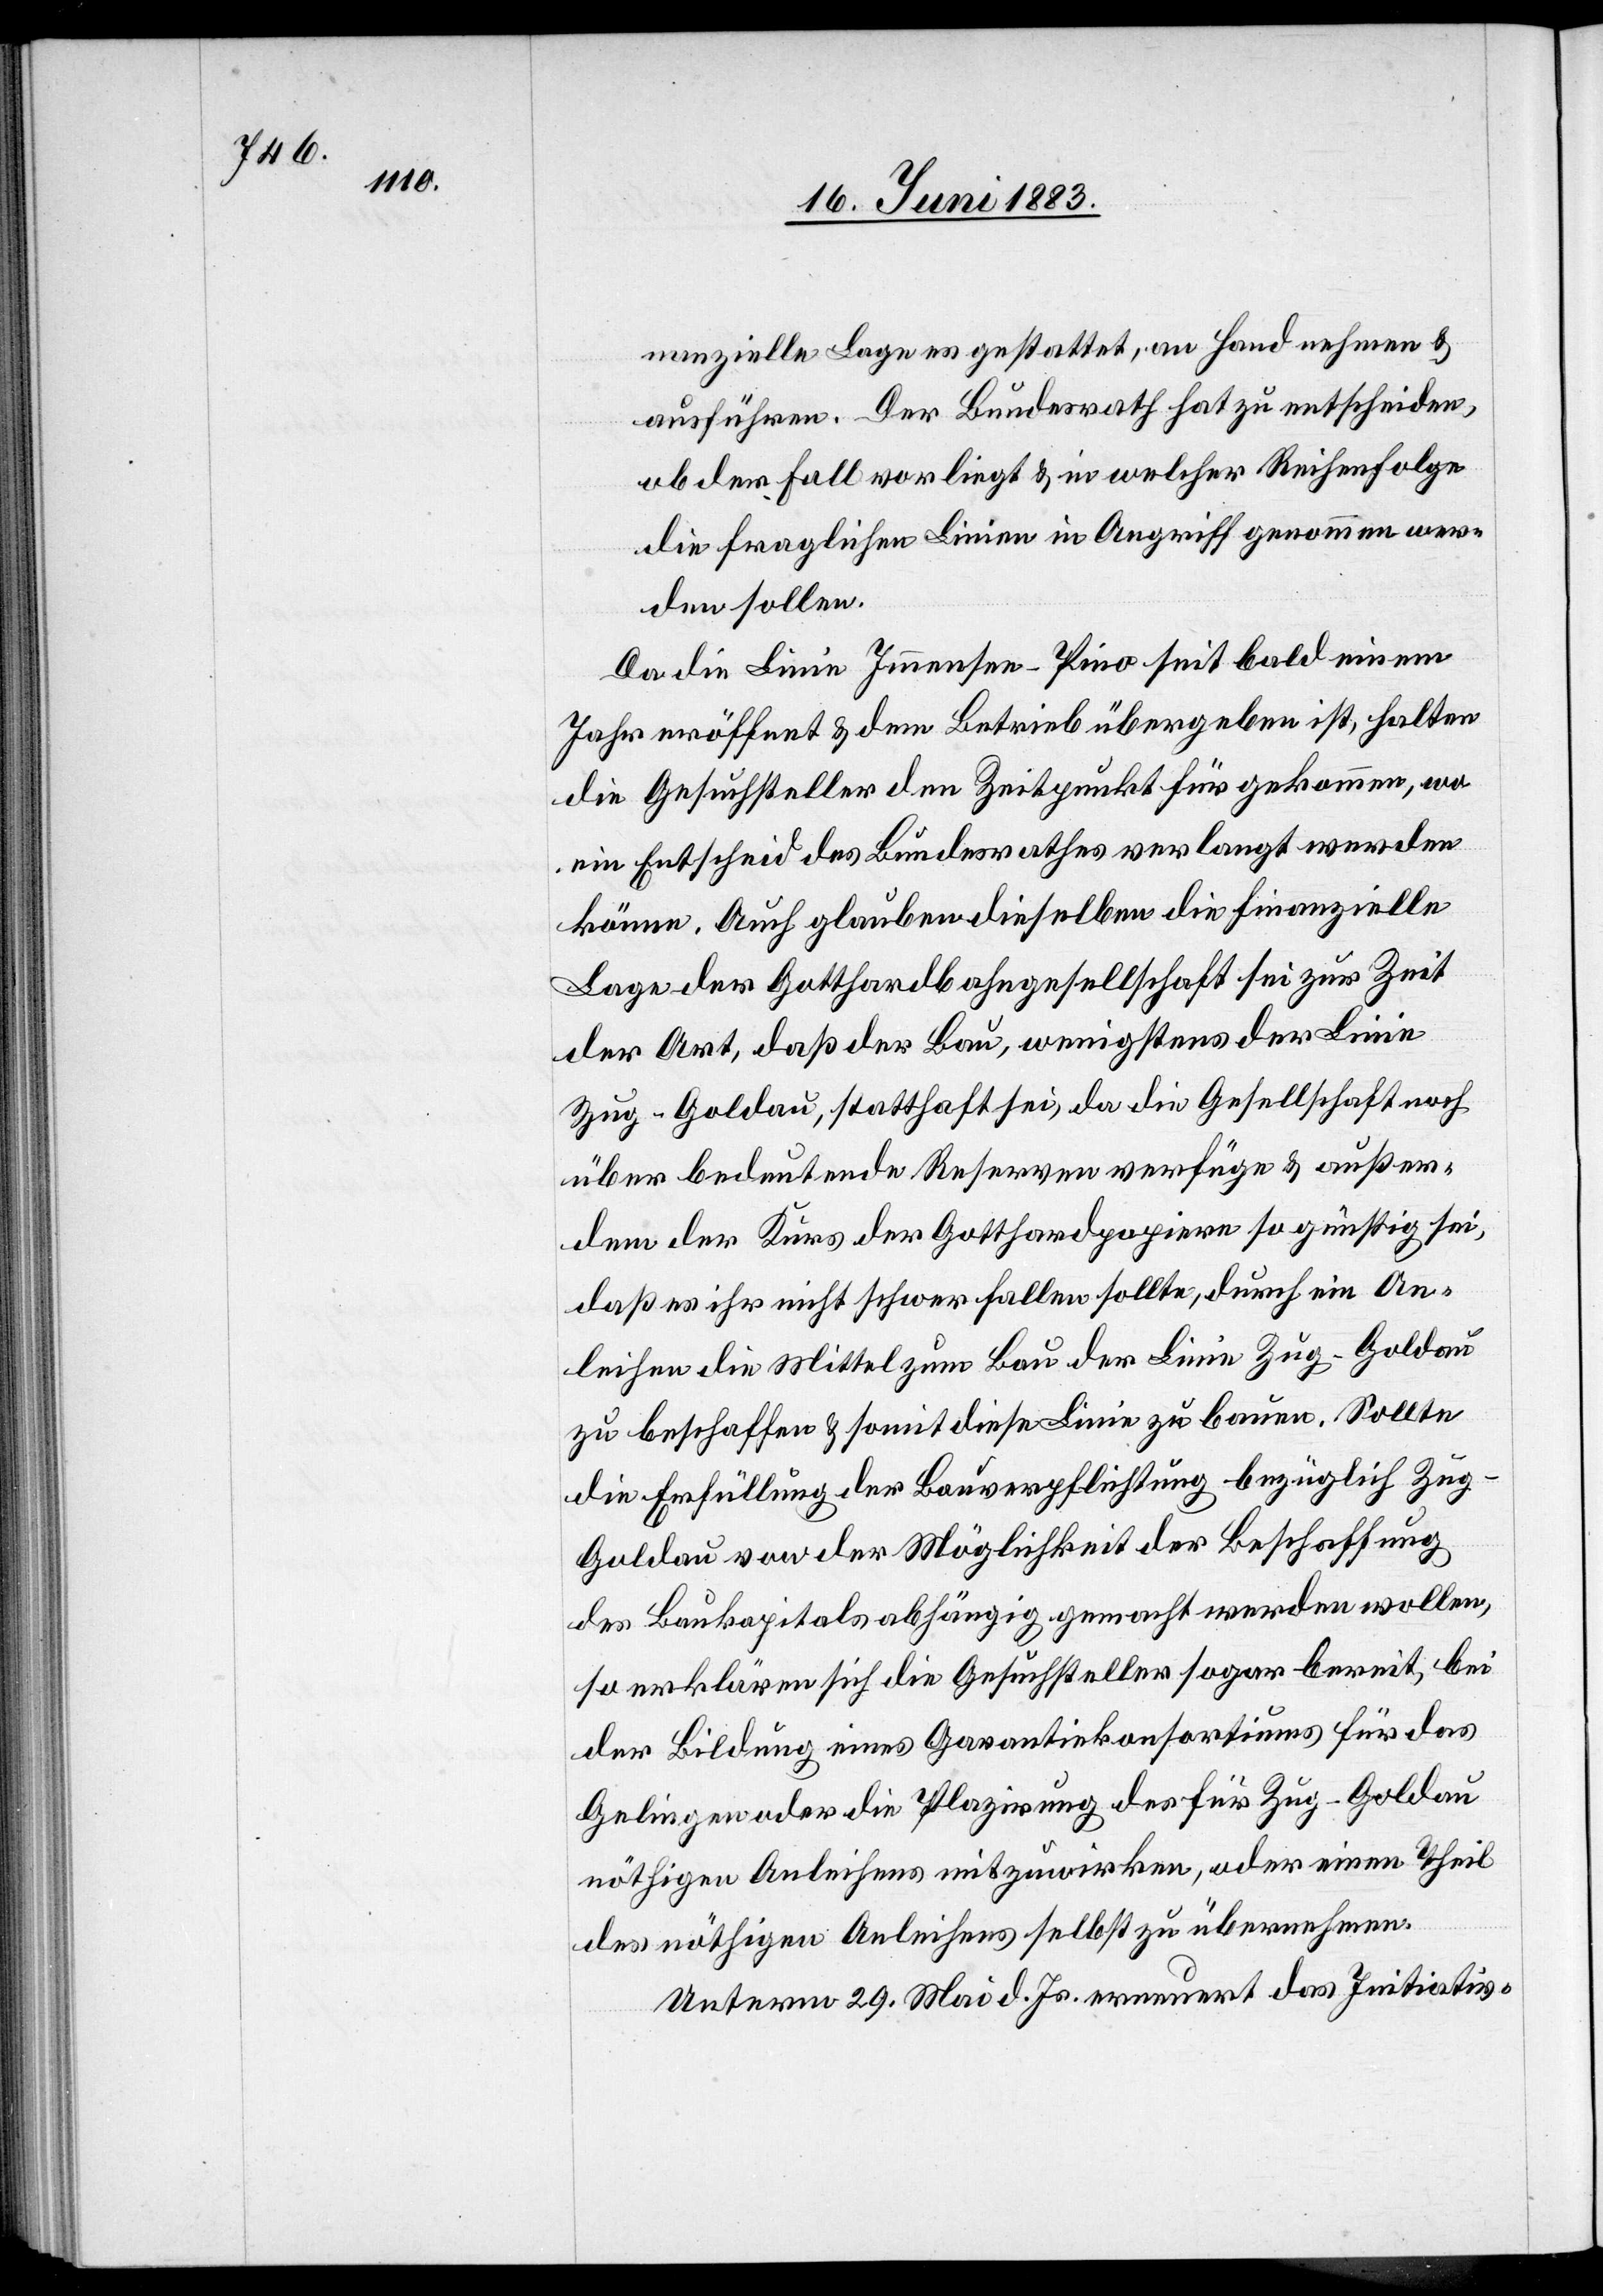
nanzielle Lage es gestattet, an Hand nehmen &
ausführen. Der Bundesrath hat zu entscheiden,
ob der Fall vorliegt & in welcher Reihenfolge
die fraglichen Linien in Angriff genommen wer¬
den sollen.
Da die Linie Immensee–Pino seit bald einem
Jahr eröffnet & dem Betrieb übergeben ist, halten
die Gesuchsteller den Zeitpunkt für gekommen, wo
ein Entscheid des Bundesrathes verlangt werden
können. Auch glauben dieselben die finanzielle
Lage der Gotthardbahngesellschaft sei zur Zeit
der Art, daß der Bau, wenigstens der Linie
Zug–Goldau, statthaft sei, da die Gesellschaft noch
über bedeutende Reserven verfüge & außer¬
dem der Kurs der Gotthardpapiere so günstig sei,
daß es ihr nicht schwer fallen sollte, durch ein An¬
leihen die Mittel zum Bau der Linie Zug–Goldau
zu beschaffen & somit diese Linie zu bauen. Sollte
die Erfüllung der Bauverpflichtung bezüglich Zu¬
g–Goldau von der Möglichkeit der Beschaffung
des Baukapitals abhängig gemacht werden wollen,
so erklären sich die Gesuchsteller sogar bereit, bei
der Bildung eines Garantiekonsortiums für das
Gelingen oder die Plazirung des für Zug–Goldau
nöthigen Anleihens mitzuwirken, oder einen Theil
des nöthigen Anleihens selbst zu übernehmen.
Unterm 29. Mai d. Js. erneuert das Initiativ-